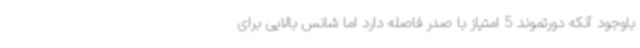
باوجود آنکه دورتموند 5 امتیاز با صدر فاصله دارد اما شانس بالایی برای